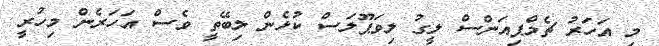
މި އަހަރު ޗެމްޕިއަންސް ލީގު ލިވަޕޫލަސް ކުޅެން ލިބޭތީ ވެސް އަހަރެން މިހުރީ